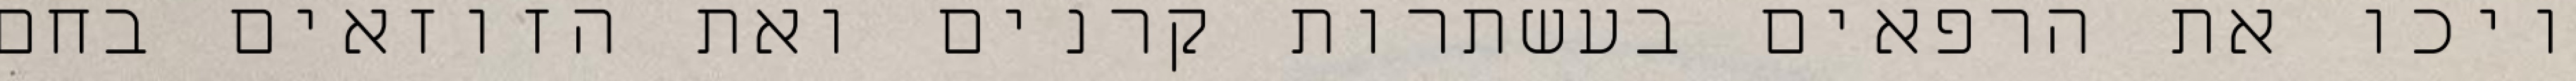
ויכו את הרפאים בעשתרות קרנים ואת הזוזאים בחם